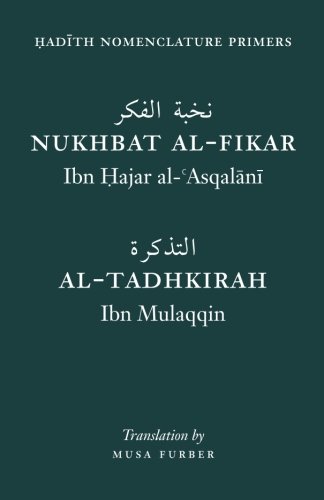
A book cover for Hadith Nomenclature Primers; Ibn Hajar; Religion & Spirituality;